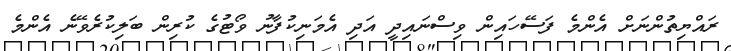
ރައްޔިތުންނަށް އެންމެ ފަސޭހައިން ވިސްނައިދީ އަދި އެމަނިކުފާނު ވޯޓުގެ ކުރިން ބަލިކުރެވޭނެ އެންމެ